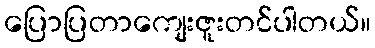
ပြောပြတာကျေးဇူးတင်ပါတယ်။